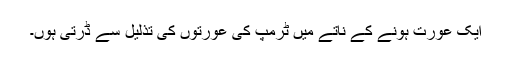
ایک عورت ہونے کے ناتے میں ٹرمپ کی عورتوں کی تذلیل سے ڈرتی ہوں۔